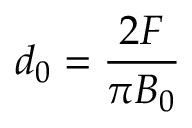
d _ { 0 } = \frac { 2 F } { \pi B _ { 0 } }